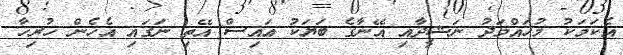
އެކަމަކު މުހައްމަދު ނަޝީދާއި އޭނާގެ ބަޔަކު އައިސް އޭތި ނަގައި އެހެން ހުރިހާ